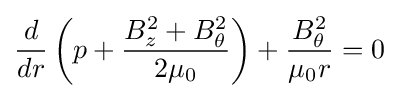
{\frac {d}{dr}}\left(p+{\frac {B_{z}^{2}+B_{\theta }^{2}}{2\mu _{0}}}\right)+{\frac {B_{\theta }^{2}}{\mu _{0}r}}=0